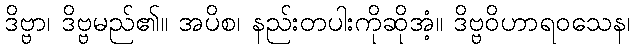
ဒိဗ္ဗာ၊ ဒိဗ္ဗမည်၏။ အပိစ၊ နည်းတပါးကိုဆိုအံ့။ ဒိဗ္ဗဝိဟာရဝသေန၊